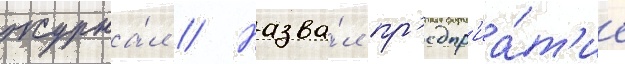
журна́л // Назва́л пр'едпр'иа́т'ие